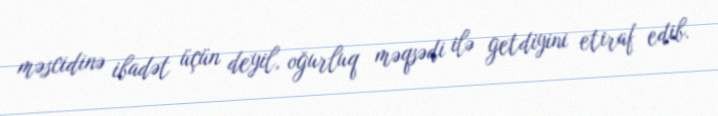
məscidinə ibadət üçün deyil, oğurluq məqsədi ilə getdiyini etiraf edib.